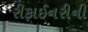
રીફાઈનરીની